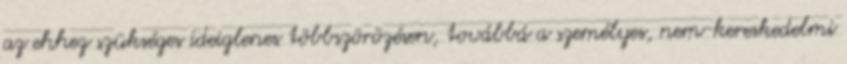
az ehhez szükséges ideiglenes többszörözésen, továbbá a személyes, nem-kereskedelmi